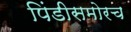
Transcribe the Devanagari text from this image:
पिंडीसमोरच